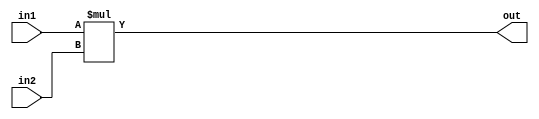
module MUL1 #(parameter SIZE = 1)(input in1, in2, output [2*SIZE-1:0] out);
assign out = in1*in2;
endmodule